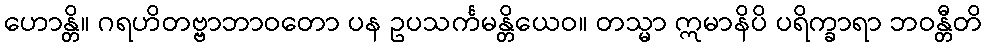
ဟောန္တိ။ ဂရဟိတဗ္ဗာဘာဝတော ပန ဥပသင်္ကမန္တိယေဝ။ တသ္မာ ဣမာနိပိ ပရိက္ခာရာ ဘဝန္တီတိ